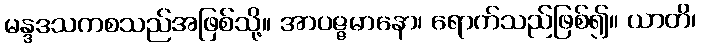
မန္ဒဒသကစသည်အဖြစ်သို့။ အာပဇ္ဇမာနော၊ ရောက်သည်ဖြစ်၍။ ယာတိ၊